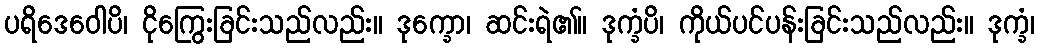
ပရိဒေဝေါပိ၊ ငိုကြွေးခြင်းသည်လည်း။ ဒုက္ခော၊ ဆင်းရဲ၏။ ဒုက္ခံပိ၊ ကိုယ်ပင်ပန်းခြင်းသည်လည်း။ ဒုက္ခံ၊